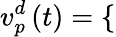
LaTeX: {v_{p}^{d}}\left(t\right)=\left\{ \begin{array}{rlr}\end{array}\right.